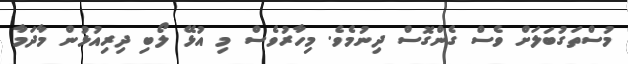
މުސްތަގުބަލަށް ވެސް ގެންގޮސް ދިނުމެވެ. މިހާރުވެސް މި އުޅޭ ލޯބި ދިރިއުޅުން މާދަމާ